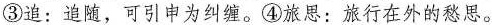
③追：追随，可引申为纠缠。④旅思：旅行在外的愁思。